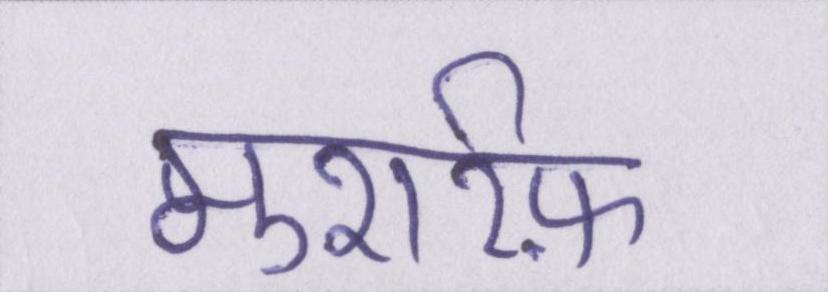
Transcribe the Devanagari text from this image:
मुशर्रफ़